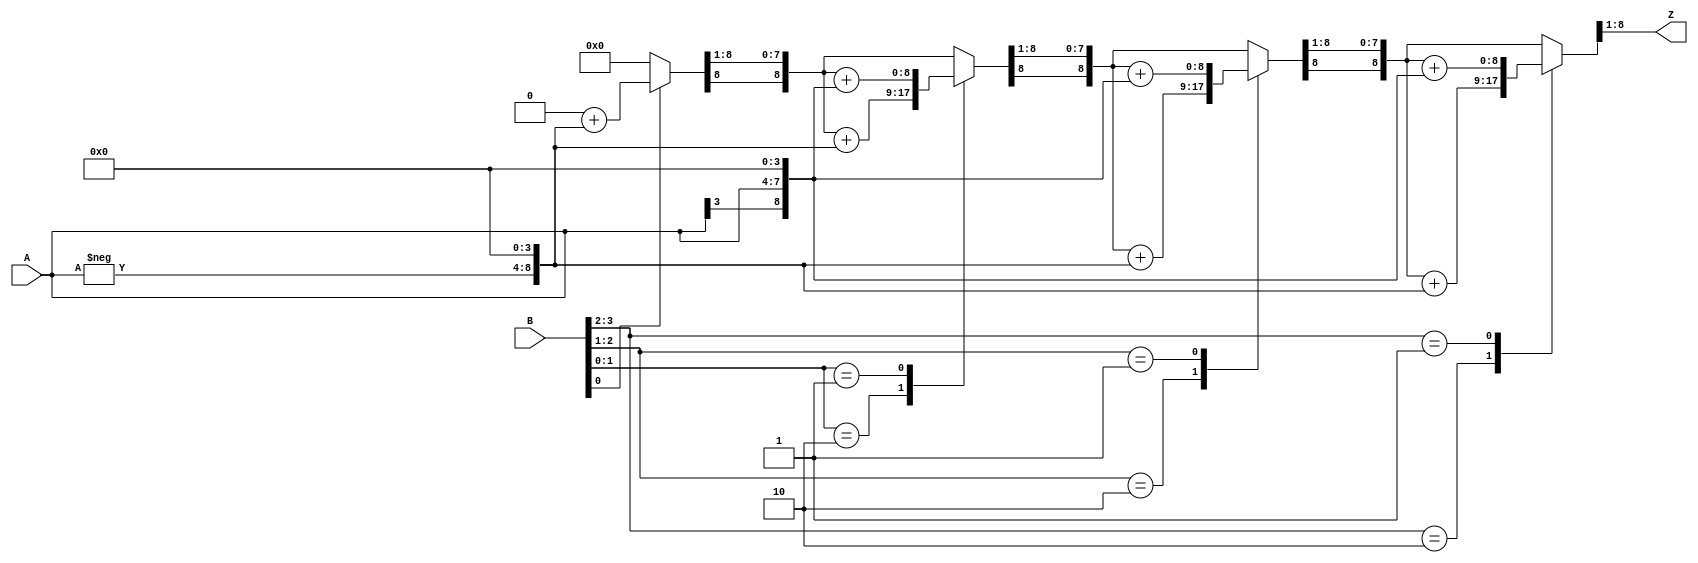
module booth_new(
    input signed [3:0] A,  
    input signed [3:0] B,    
    output reg signed [7:0] Z    
);

    reg signed [8:0] P;
    reg signed [4:0] M, M_neg;
    reg [4:0] Q; 
    integer i;

    always @* begin
        M = {A[3], A};
        M_neg = -M; 
        Q = {B, 1'b0}; 
        P = 9'b0;
        for (i = 0; i < 4; i = i + 1) begin
            case (Q[1:0])
                2'b10: P = P + {M_neg, 4'b0};
                2'b01: P = P + {M, 4'b0}; 
            endcase
            P = P >>> 1; 
            Q = Q >> 1;
        end

        Z = P[7:0]; 
    end

endmodule